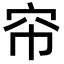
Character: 帘